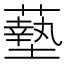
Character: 𫉷